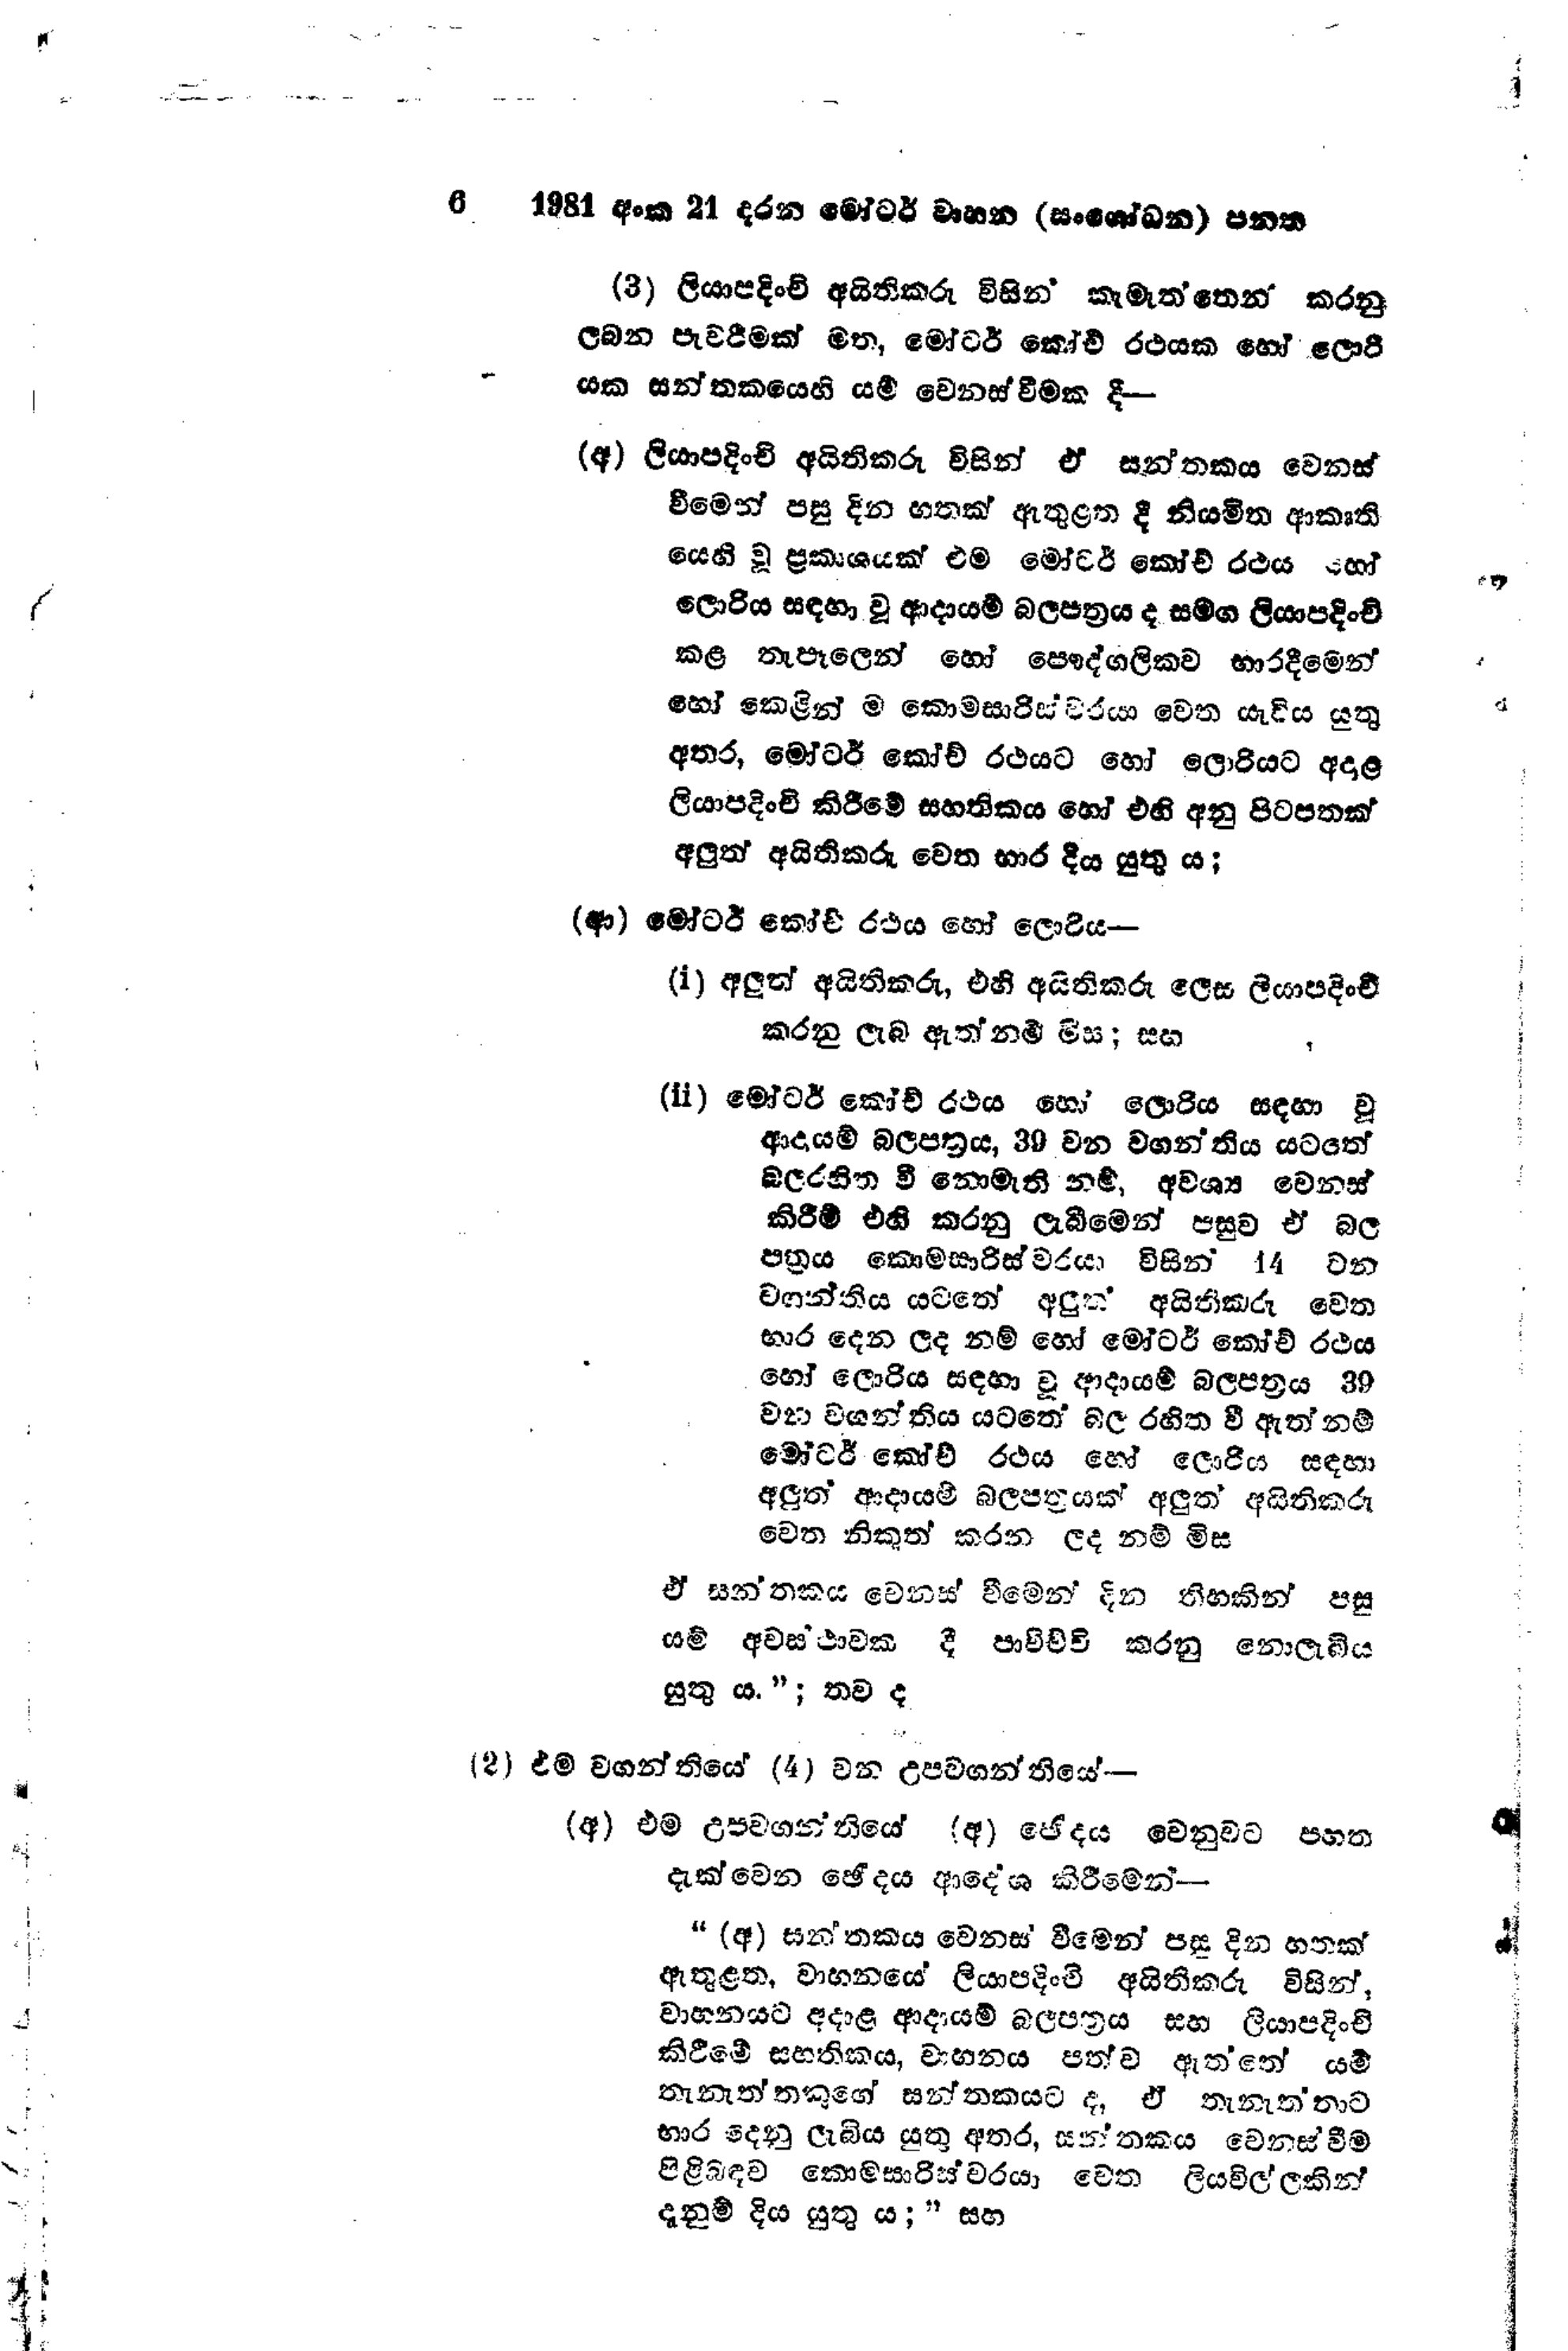
6  1981 අංක 21 දරන මෝටර් වාහන (සංශෝධන) පනත

(3) ලියාපදිංචි අයිතිකරු විසින් කැමැත්තෙන් කරනු
ලබන පැවරිමක් මත, මෝටර් කෝච් රථයක හෝ ලොරි
යක සන්තකයෙහි යම් වෙනස්වීමක දී --

(අ) ලියාපදිංචි අයිතිකරු විසින් ඒ සන්තකය වෙනස්
වීමෙන් පසු දින හතක් ඇතුළත දී නියමිත ආකෘති
යෙහි වූ ප්‍රකාශයක් එම මෝටර් කෝච් රථය හෝ
ලොරිය සඳහා වූ ආදායම් බලපත්‍රය ද සමග ලියාපදිංචි
කළ තැපෑලෙන් හෝ පෞද්ගලිකව භාරදීමෙන්
හෝ කෙළින් ම කොමසාරිස් වරයා වෙත යැවිය යුතු
අතර, මෝටර් කෝච් රථයට හෝ ලොරියට අදාළ
ලියාපදිංචි කිරීමේ සහතිකය හෝ එහි අනු පිටපතක්
අලුත් අයිතිකරු වෙත භාර දිය යුතුය;

(ආ) මෝටර් කෝච් රථය හෝ ලොරිය --

(i) අලුත් අයිතිකරු, එහි අයිතිකරු ලෙස ලියාපදිංචි
කරනු ලැබ ඇත්නම් මිස; සහ

(ii) මෝටර් කෝච් රථය හෝ ලොරිය සඳහා වූ
ආදායම් බල පත්‍රය, 39 වන වගන්තිය යටතේ
බලරහිත වී නොමැති නම්, අවශ්‍ය වෙනස්
කිරීම් එහි කරනු ලැබීමෙන් පසුව ඒ බල
පත්‍රය කොමසාරිස්වරයා විසින් 14 වන
වගන්තිය යටතේ අලුත් අයිතිකරු වෙත
භාර දෙන ලද නම් හෝ මෝටර් කෝච් රථය
හෝ ලොරිය සඳහා වූ ආදායම් බලපත්‍රය 39
වන වගන්තිය යටතේ බල රහිත වී ඇත් නම්
මෝටර් කෝච් රථය හෝ ලොරිය සඳහා
අලුත් ආදායම් බලපත්‍රයක් අලුත් අයිතිකරු
වෙත නිකුත් කරන ලද නම් මිස

ඒ සන්තකය වෙනස් වීමෙන් දින තිහකින් පසු
යම් අවස්ථාවක දී පාවිච්චි කරනු නොලැබීය.
යුතු ය."; තව ද

(2) එම වගන්තියේ (4) වන උපවගන්තියේ --

(අ) එම උපවගන්තියේ (අ) ඡෙදය වෙනුවට පහත
දැක්වෙන ඡේදය ආදේශ කිරීමෙන් --

“ (අ) සන්තකය වෙනස් වීමෙන් පසු දින හතක්
ඇතුළත, වාහනයේ ලියාපදිංචි අයිතිකරු විසින්,
වාහනයට අදාළ ආදායම් බලපත්‍රය සහ ලියාපදිංචි
කිරීමේ සහතිකය, වාහනය පත්ව ඇත්තේ යම්
තැනැත්තකුගේ සන්තකයට ද, ඒ තැනැතතාට
භාර දෙනු ලැබිය යුතු අතර, සන්තකය වෙනස් වීම
පිළිබඳව කොමසාරිස්වරයා වෙත ලියවිල්ලකින්
දැනුම් දිය යුතු ය;" සහ